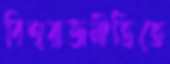
বিশ্বরাজনীতিতে